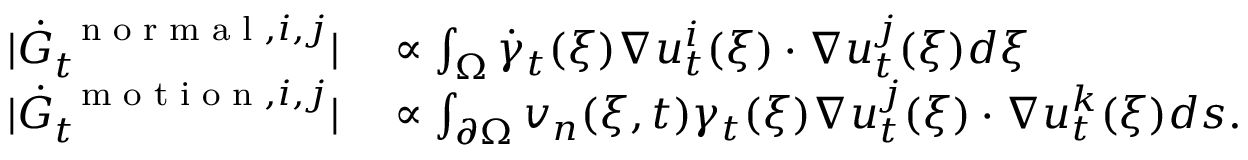
\begin{array} { r l } { | \dot { G } _ { t } ^ { \mathrm { ~ \scriptsize ~ n ~ o ~ r ~ m ~ a ~ l ~ } , i , j } | } & { { } \propto \int _ { \Omega } \dot { \gamma } _ { t } ( \boldsymbol \xi ) \nabla u _ { t } ^ { i } ( \boldsymbol \xi ) \cdot \nabla u _ { t } ^ { j } ( \boldsymbol \xi ) d \boldsymbol \xi } \\ { | \dot { G } _ { t } ^ { \mathrm { ~ \scriptsize ~ m ~ o ~ t ~ i ~ o ~ n ~ } , i , j } | } & { { } \propto \int _ { \partial \Omega } v _ { n } ( \boldsymbol \xi , t ) \gamma _ { t } ( \boldsymbol \xi ) \nabla u _ { t } ^ { j } ( \boldsymbol \xi ) \cdot \nabla u _ { t } ^ { k } ( \boldsymbol \xi ) d \boldsymbol s . } \end{array}